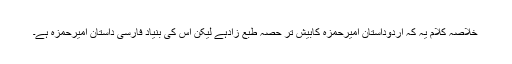
خلاصۂ کلام یہ کہ اردوداستانِ امیرحمزہ کابیش تر حصہ طبع زادہے لیکن اس کی بنیاد فارسی داستانِ امیرحمزہ ہے۔